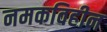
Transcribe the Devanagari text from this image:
नमकविहीन